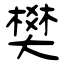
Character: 樊